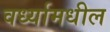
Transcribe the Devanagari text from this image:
वर्ध्यामधील